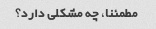
مطمئنا، چه مشکلی دارد؟